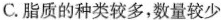
C. 脂质的种类较多,数量较少